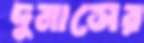
দুমাসের